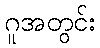
ဂူအတွင်း